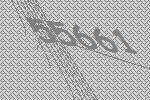
55661